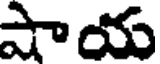
షాయ